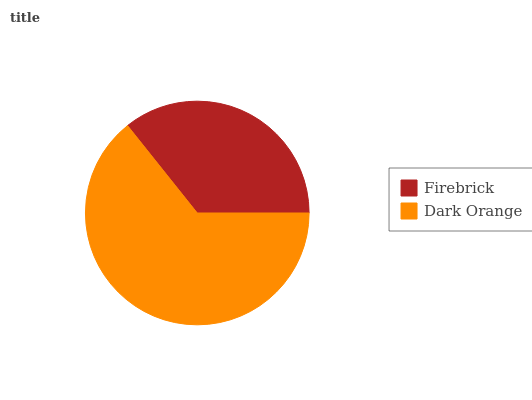
| Firebrick | Dark Orange |
 | --- | --- |
 | 35.7% | 64.3% |